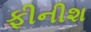
ફીનીશ